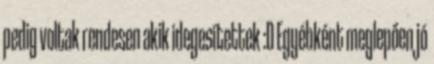
pedig voltak rendesen akik idegesítettek :D Egyébként meglepően jó